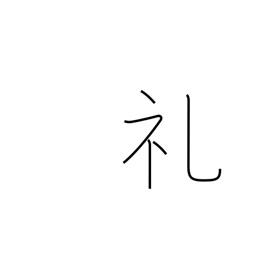
Meaning: thanks